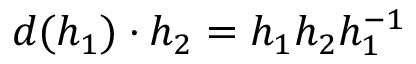
d ( h _ { 1 } ) \cdot h _ { 2 } = h _ { 1 } h _ { 2 } h _ { 1 } ^ { - 1 }